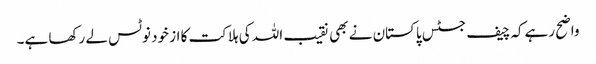
واضح رہےکہ چیف جسٹس پاکستان نے بھی نقیب اللہ کی ہلاکت کا از خود نوٹس لے رکھا ہے۔